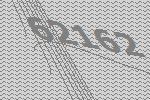
62162